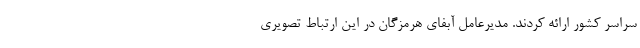
سراسر کشور ارائه کردند. مدیرعامل آبفای هرمزگان در این ارتباط تصویری